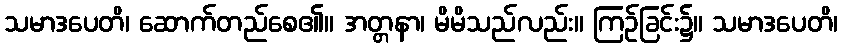
သမာဒပေတိ၊ ဆောက်တည်စေ၏။ အတ္တနာ၊ မိမိသည်လည်း။ ကြဉ်ခြင်း၌။ သမာဒပေတိ၊